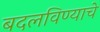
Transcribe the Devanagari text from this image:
बदलविण्याचे